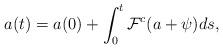
LaTeX: \begin{align*}a(t)=a(0)+\int_{0}^{t}\mathcal{F}^{c}(a+\psi )ds, \end{align*}